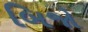
બિજો